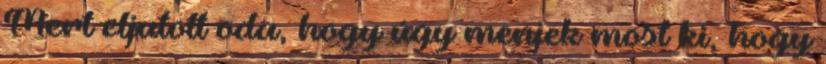
Mert eljutott oda, hogy úgy menjek most ki, hogy